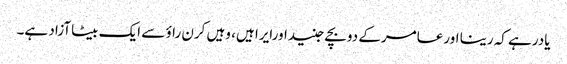
یادرہے کہ رینا اورعامرکے دوبچے جنیداورایرا ہیں، وہیں کرن راؤ سے ایک بیٹاآزاد ہے۔